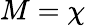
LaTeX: M=\chi